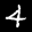
Label: 4